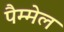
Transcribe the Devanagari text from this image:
पैम्मेल